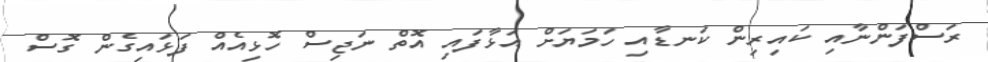
ރަސްފަންނާއި ކައިރިން ކަނޑާއި ހަމަޔަށް އަޅާފައި އޮތް ނަޖިސް ހޮޅިއެއް ފަޅައިގެން ގޮސް